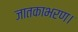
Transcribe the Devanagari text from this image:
जातकाभरण।